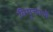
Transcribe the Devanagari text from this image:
विमुक्तांची